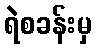
ရဲစခန်းမှ